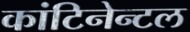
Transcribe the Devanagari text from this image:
कांटिनेन्टल